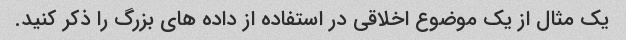
یک مثال از یک موضوع اخلاقی در استفاده از داده های بزرگ را ذکر کنید.